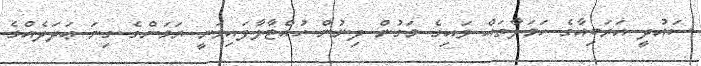
ސައުދީ އަރަބިއާގެ ހަމަލާތައް ވައިގެ މަގުން ދިނުން ހުއްޓާލާފައިވަނީ ޔަމަންގެ ގިނަ ޢަދަދެއްގެ